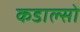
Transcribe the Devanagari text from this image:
कडाल्सो